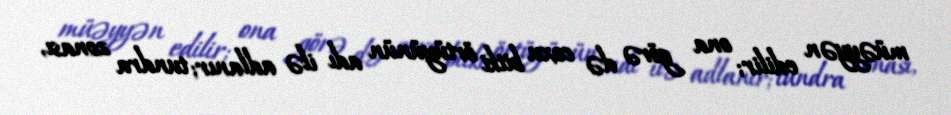
müəyyən edilir; ona görə də coxu bitki örtüyünün adı ilə adlanır; tundra zonası,